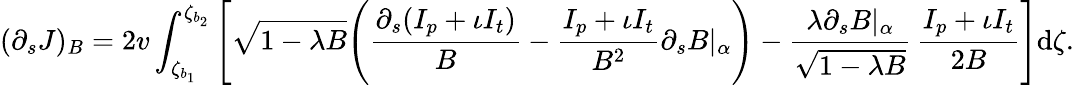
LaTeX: (\partial_{s}J)_{B}=2v\int_{\zeta_{b_{1}}}^{\zeta_{b_{2}}}\Bigg[\sqrt{1-\lambda B}\Bigg(\frac{\partial_{s}(I_{p}+\iota I_{t})}{B}-\frac{I_{p}+\iota I_{t}}{B^{2}}\partial_{s}B|_{\alpha}\Bigg)-\frac{\lambda\partial_{s}B|_{\alpha}}{\sqrt{1-\lambda B}}\, \frac{I_{p}+\iota I_{t}}{2B}\Bigg]\mathrm{d}\zeta.